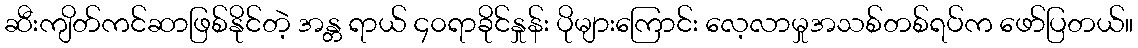
ဆီးကျိတ်ကင်ဆာဖြစ်နိုင်တဲ့ အန္တ ရာယ် ၄၀ရာခိုင်နှုန်း ပိုများကြောင်း လေ့လာမှုအသစ်တစ်ရပ်က ဖော်ပြတယ်။